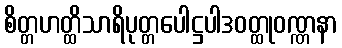
စိတ္တဟတ္ထိသာရိပုတ္တပေါဋ္ဌပါဒဝတ္ထုဝဏ္ဏနာ